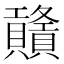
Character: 𧹃